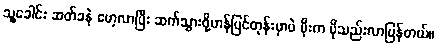
သူ့ခေါင်း ဆတ်ခနဲ မော့လာပြီး ဆက်သွားဖို့ဟန်ပြင်တုန်းမှာပဲ မိုးက ပိုသည်းလာပြန်တယ်။